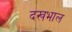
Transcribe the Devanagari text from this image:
दखभाल